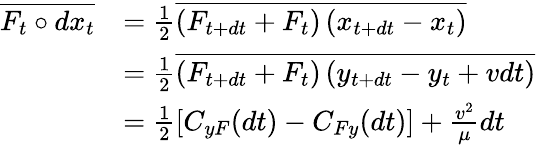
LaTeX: \begin{array}{rl}{\overline{{F_{t}\circ d{x}_{t}}}}&{=\frac 12\overline{{\left(F_{t+dt}+F_{t}\right)\left(x_{t+dt}-x_{t}\right)}}}\\ &{=\frac 12\overline{{\left(F_{t+dt}+F_{t}\right)\left(y_{t+dt}-y_{t}+vdt\right)}}}\\ &{=\frac 12\left[C_{yF}(dt)-C_{Fy}(dt)\right]+\frac{v^{2}}{\mu}dt}\end{array}